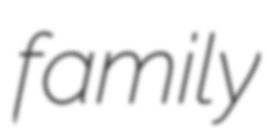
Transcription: family